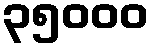
၃၅၀၀၀